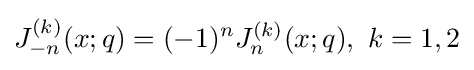
J_{-n}^{(k)}(x;q)=(-1)^{n}J_{n}^{(k)}(x;q),\ k=1,2